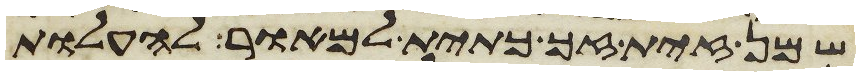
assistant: שמן זית זך כתית למאור להעלות